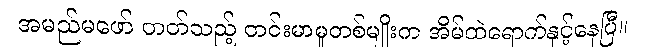
အမည်မဖော် တတ်သည့် တင်းမာမှုတစ်မျိုးက အိမ်ထဲရောက်နှင့်နေပြီ။